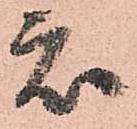
衆